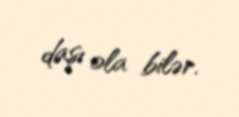
daşı ola bilər.